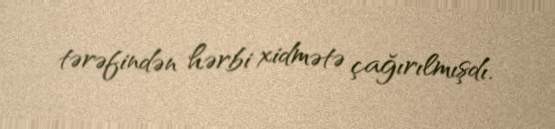
tərəfindən hərbi xidmətə çağırılmışdı.